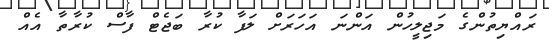
ރަައްޔިތުންގެ މަޖިލީހުން އަންނަ އަހަރަށް ލަފާ ކުރާ ބަޖެޓް ފާސް ކުރާތާ އެއް